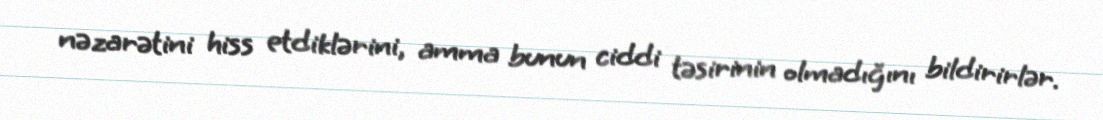
nəzarətini hiss etdiklərini, amma bunun ciddi təsirinin olmadığını bildirirlər.